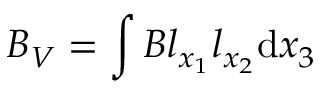
B _ { V } = \int { B l _ { x _ { 1 } } l _ { x _ { 2 } } \mathrm { d } x _ { 3 } }